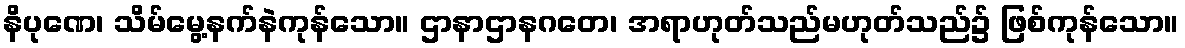
နိပုဏေ၊ သိမ်မွေ့နက်နဲကုန်သော။ ဌာနာဌာနဂတေ၊ အရာဟုတ်သည်မဟုတ်သည်၌ ဖြစ်ကုန်သော။